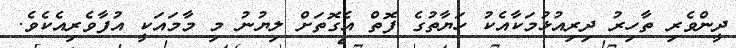
ދީންވެރި ތާހިރު ދިިރިއުޅުމަކާއެކު ހަޔާތުގެ ފޮތް އެގޮތަށް ލިޔުނު މި މާމައަކީ އުފާވެރިއެކެވެ.